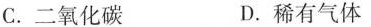
C. 二氧化碳 D. 稀有气体